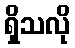
ရှိသလို